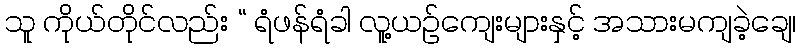
သူ ကိုယ်တိုင်လည်း “ ရံဖန်ရံခါ လူ့ယဉ်ကျေးများနှင့် အသားမကျခဲ့ချေ၊